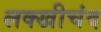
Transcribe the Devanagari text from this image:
लक्खीचंद